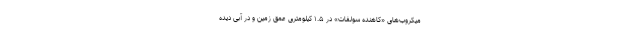
میکروب‌های «کاهنده سولفات» در ۱.۵ کیلومتری عمق زمین و در آبی دیده